65_HS1-834228961_62-HQ-83894_Section_1
Agency: FBI
Page 24
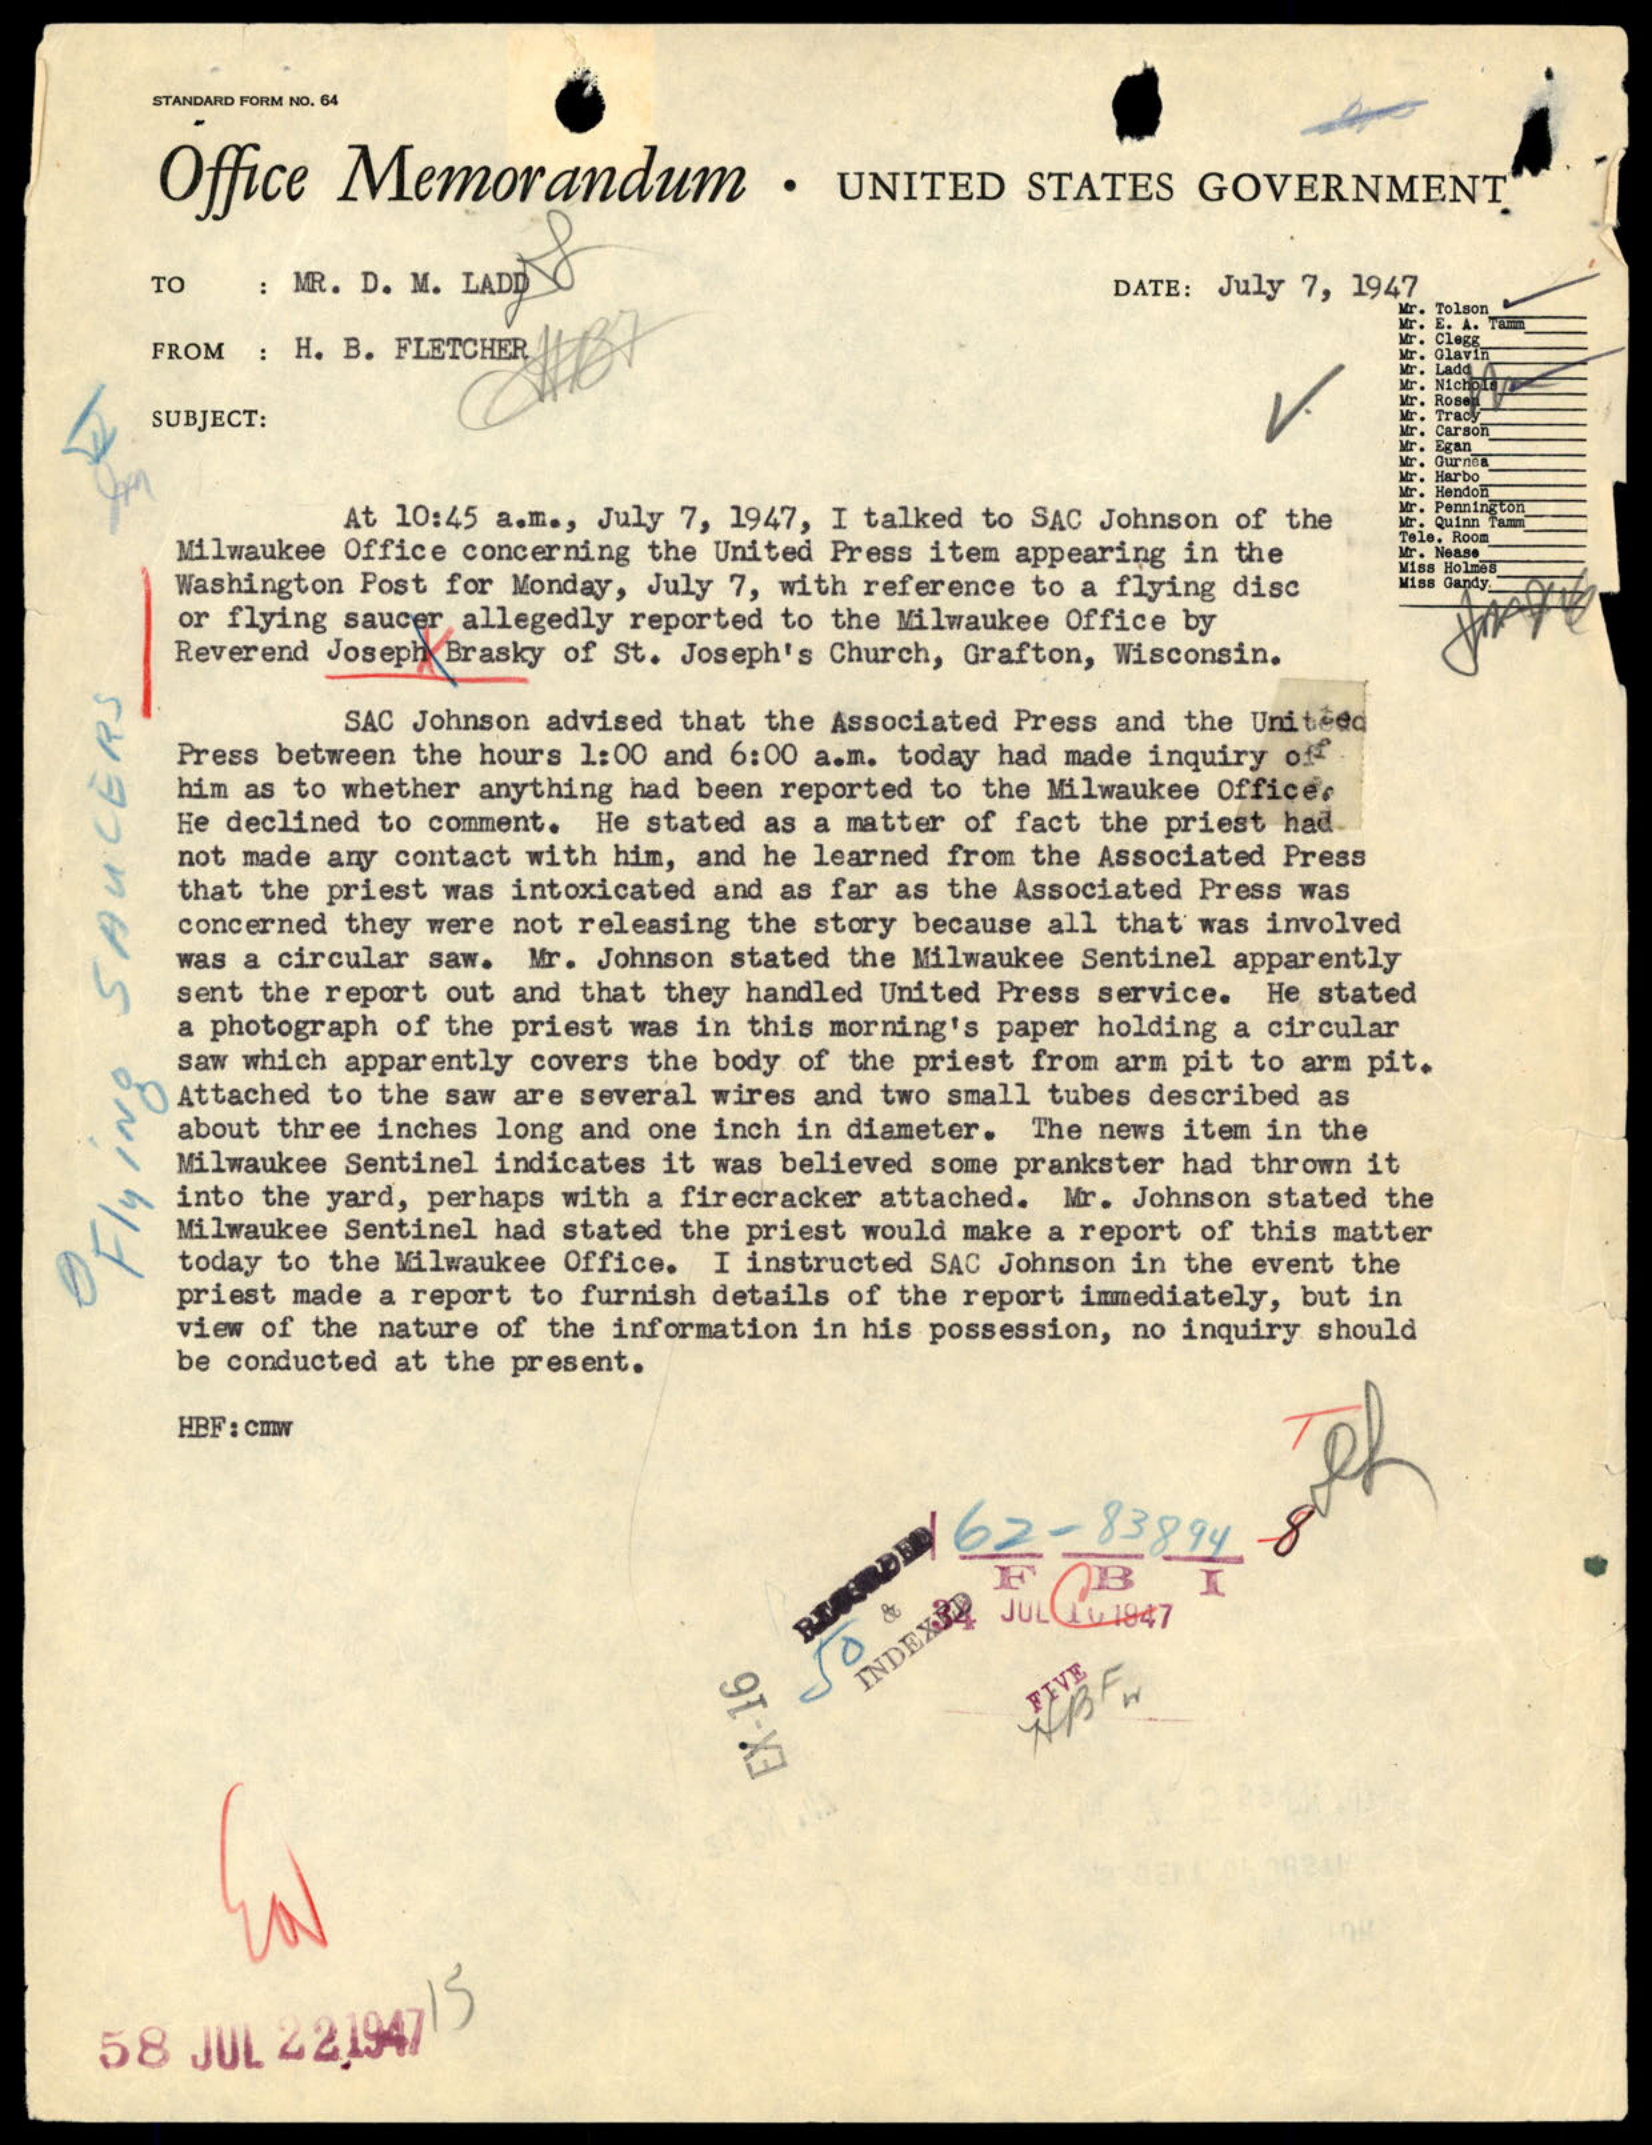